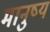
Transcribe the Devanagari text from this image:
मानुष्य